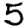
Digit: 5